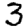
Digit: 3